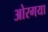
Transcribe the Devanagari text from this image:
ओरगया